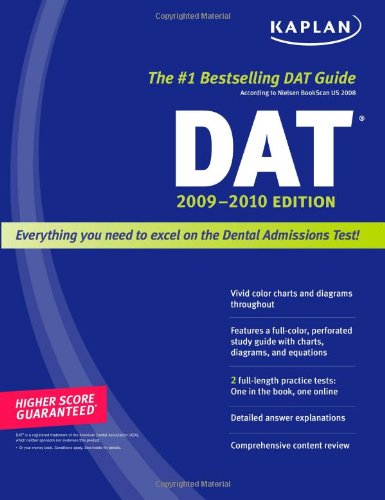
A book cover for Kaplan DAT 2009-2010 Edition (Kaplan Dat (Dental Admission Test)); Kaplan; Test Preparation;